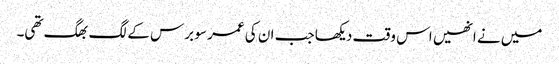
میں نے انھیں اس وقت دیکھا جب ان کی عمر سو برس کے لگ بھگ تھی۔